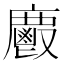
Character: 𢋺